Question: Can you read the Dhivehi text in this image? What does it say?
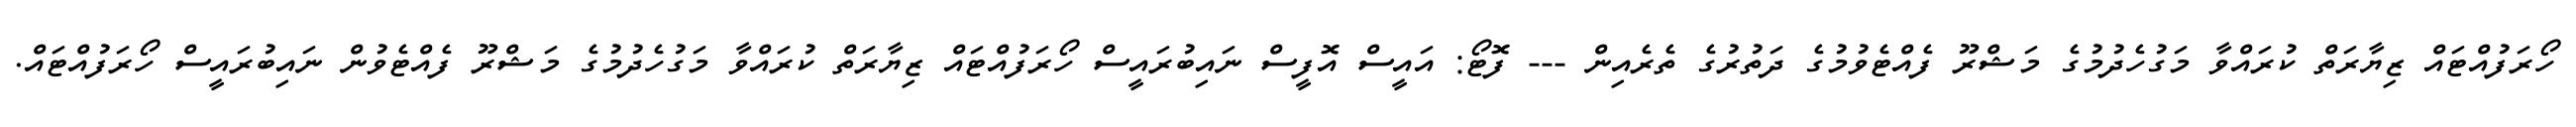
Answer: ހޯރަފުއްޓައް ޒިޔާރަތް ކުރައްވާ މަގުހެދުމުގެ މަޝްރޫ ފެއްޓެވުމުގެ ދަތުރުގެ ތެރެއިން --- ފޮޓޯ: އައީސް އޮފީސް ނައިބުރައީސް ހޯރަފުއްޓައް ޒިޔާރަތް ކުރައްވާ މަގުހެދުމުގެ މަޝްރޫ ފެއްޓެވުން ނައިބުރައީސް ހޯރަފުއްޓައް.